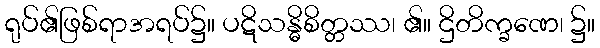
ရုပ်၏ဖြစ်ရာအရပ်၌။ ပဋိသန္ဓိစိတ္တဿ၊ ၏။ ဌိတိက္ခဏေ၊ ၌။